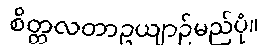
စိတ္တလတာဥယျာဉ်မည်ပုံ။